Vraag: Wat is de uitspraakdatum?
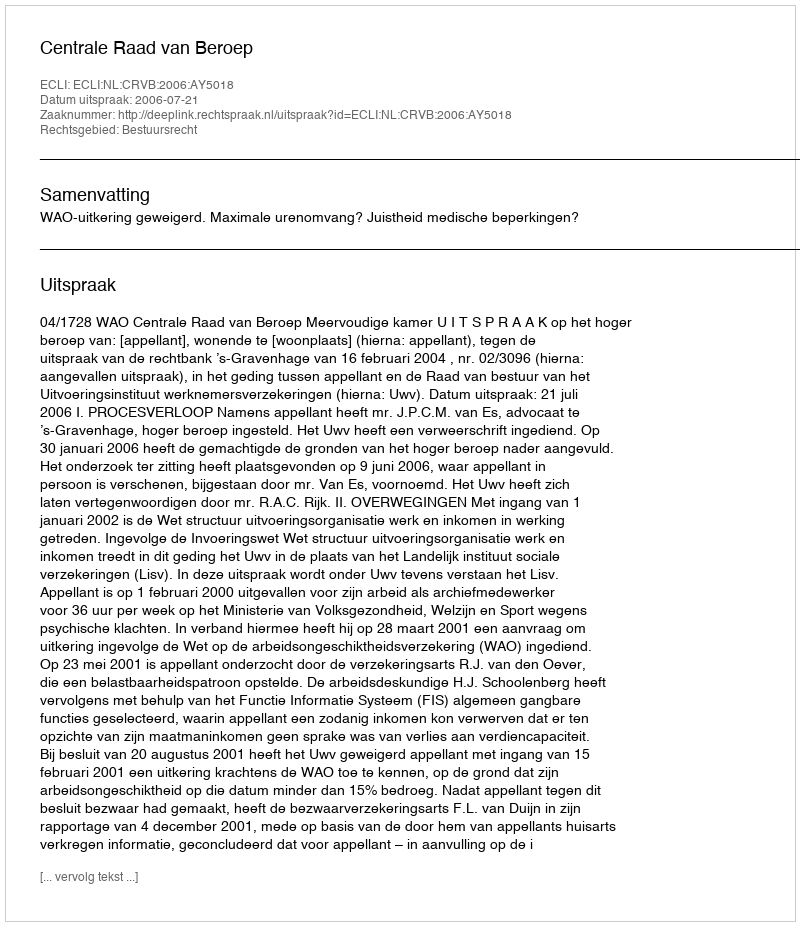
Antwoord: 2006-07-21